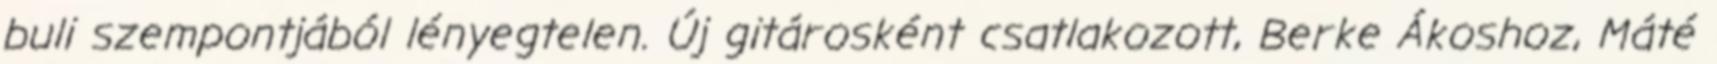
buli szempontjából lényegtelen. Új gitárosként csatlakozott, Berke Ákoshoz, Máté